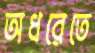
অধরেতে